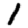
Digit: 1